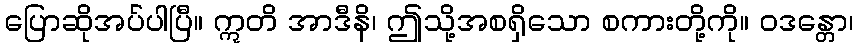
ပြောဆိုအပ်ပါပြီ။ ဣတိ အာဒီနိ၊ ဤသို့အစရှိသော စကားတို့ကို။ ဝဒန္တော၊